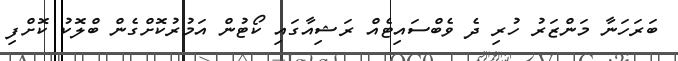
ބަރަހަނާ މަންޒަރު ހުރި ދެ ވެބްސައިޓެއް ރަޝިއާގައި ކޯޓުން އަމުރުކޮށްގެން ބްލޮކު ކޮށްފި